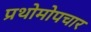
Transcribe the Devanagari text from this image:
प्रथोमोपचार